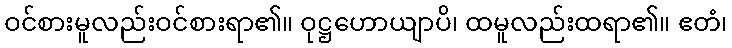
ဝင်စားမူလည်းဝင်စားရာ၏။ ဝုဋ္ဌဟောယျာပိ၊ ထမူလည်းထရာ၏။ ဧတံ၊